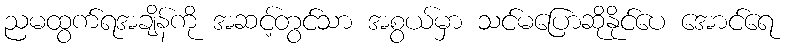
ညမထွက်ရအချိန်ကို အဆင့်တွင်သာ အစွယ်မှာ သင်မပြောဆိုနိုင်ပေ အောင်ရေ